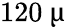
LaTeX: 120~\upmu